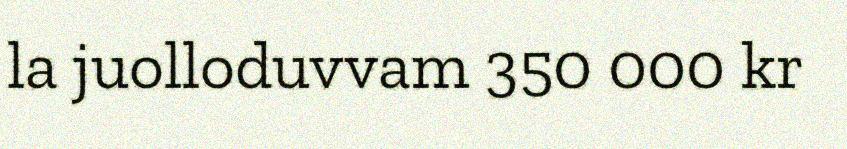
la juolloduvvam 350 000 kr